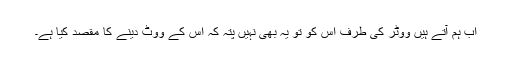
اب ہم آتے ہیں ووٹر کی طرف اس کو تو یہ بھی نہیں پتہ کہ اس کے ووٹ دینے کا مقصد کیا ہے۔